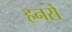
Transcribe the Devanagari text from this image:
हनसे